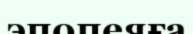
эпопеяға